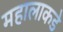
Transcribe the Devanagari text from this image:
महालाकडे